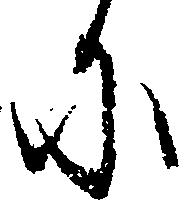
に